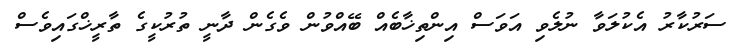
ސަރުކާރު އެކުލަވާ ނުލެވި އަވަސް އިންތިޚާބެއް ބޭއްވުން ވެގެން ދާނީ ތުރުކީގެ ތާރީޚްގައިވެސް